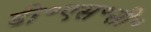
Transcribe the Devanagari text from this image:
डी॰एस॰सी॰